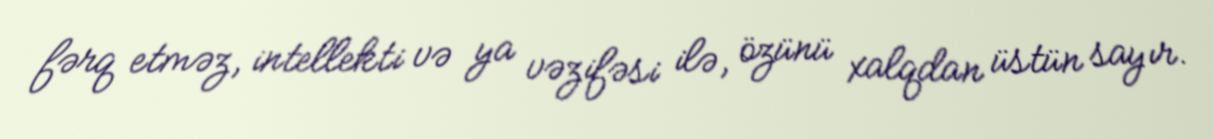
fərq etməz, intellekti və ya vəzifəsi ilə, özünü xalqdan üstün sayır.